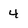
Character: 4